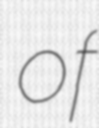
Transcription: of